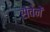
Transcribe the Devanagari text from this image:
सेवेनें